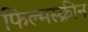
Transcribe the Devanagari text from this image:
फिल्मस्क्रीन